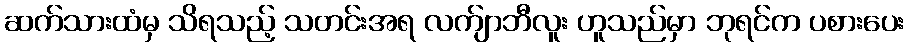
ဆက်သားထံမှ သိရသည့် သတင်းအရ လက်ျာဘီလူး ဟူသည်မှာ ဘုရင်က ပစားပေး